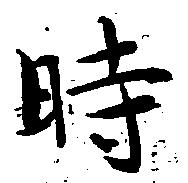
時